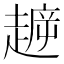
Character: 𧼳